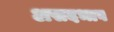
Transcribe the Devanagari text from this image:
असदभाव